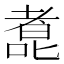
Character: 㗯